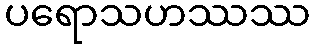
ပရောသဟဿဿ